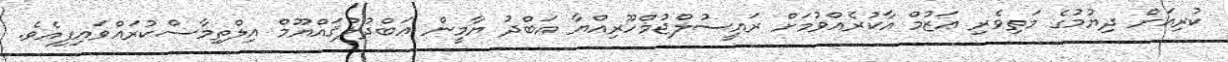
ކުރިއަށް ދިޔުމުގެ މަތިވެރި ޢަޒުމް އާކުރެއްވުމަށް ރައީސުލްޖުމްހޫރިއްޔާ ޢަބްދު ޔާމީން ޢަބްދުލްޤައްޔޫމް އިލްތިމާސްކުރައްވައިފިއެވެ.